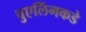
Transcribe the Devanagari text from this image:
वुएलिंगकडे